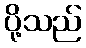
ပို့သည်